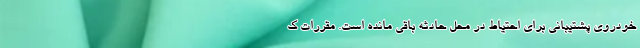
خودروی پشتیبانی برای احتیاط در محل حادثه باقی مانده است. مقررات ک